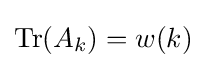
\operatorname {Tr} (A_{k})=w(k)